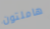
هاملتون